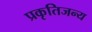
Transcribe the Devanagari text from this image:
प्रकृतिजन्य